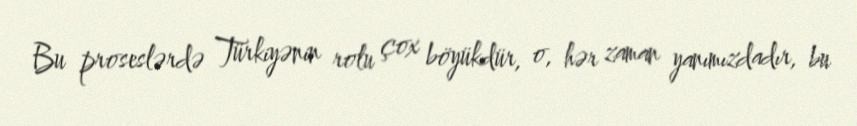
Bu proseslərdə Türkiyənin rolu çox böyükdür, o, hər zaman yanımızdadır, bu